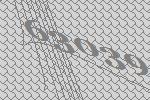
63039